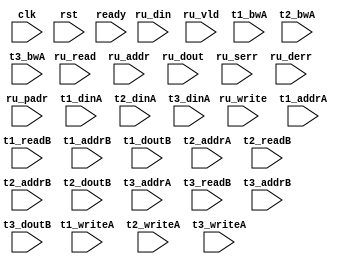
module algo_2ru_a43_sva_wrap
#(parameter IP_WIDTH = 32, parameter IP_BITWIDTH = 5, parameter IP_DECCBITS = 7, parameter IP_NUMADDR = 8192, parameter IP_BITADDR = 13, 
parameter IP_NUMVBNK = 4,	parameter IP_BITVBNK = 2, parameter IP_BITPBNK = 3,
parameter IP_ENAECC = 0, parameter IP_ENAPAR = 0, parameter IP_SECCBITS = 4, parameter IP_SECCDWIDTH = 3, 
parameter FLOPECC = 0, parameter FLOPIN = 0, parameter FLOPOUT = 0, parameter FLOPCMD = 0, parameter FLOPMEM = 0,

parameter T1_WIDTH = 32, parameter T1_NUMVBNK = 22, parameter T1_BITVBNK = 5, parameter T1_DELAY = 1, parameter T1_NUMVROW = 745, parameter T1_BITVROW = 10,
parameter T1_BITWSPF = 0, parameter T1_NUMWRDS = 1, parameter T1_BITWRDS = 1, parameter T1_NUMSROW = 745, parameter T1_BITSROW = 10, parameter T1_PHYWDTH = 32, 
parameter T2_WIDTH = 71, parameter T2_NUMVBNK = 3, parameter T2_BITVBNK = 2, parameter T2_DELAY = 1, parameter T2_NUMVROW = 745, parameter T2_BITVROW = 10,
parameter T2_BITWSPF = 0, parameter T2_NUMWRDS = 1, parameter T2_BITWRDS = 1, parameter T2_NUMSROW = 745, parameter T2_BITSROW = 10, parameter T2_PHYWDTH = 71,
parameter T3_WIDTH = 15, parameter T3_NUMVBNK = 4, parameter T3_BITVBNK = 2, parameter T3_DELAY = 1, parameter T3_NUMVROW = 745, parameter T3_BITVROW = 10,
parameter T3_BITWSPF = 0, parameter T3_NUMWRDS = 1, parameter T3_BITWRDS = 1, parameter T3_NUMSROW = 745, parameter T3_BITSROW = 10, parameter T3_PHYWDTH = 15)

( clk,  rst,  ready, 
 ru_write,  ru_din,
 ru_read,  ru_addr,  ru_dout,  ru_vld,  ru_serr,  ru_derr,  ru_padr,
 t1_writeA,  t1_addrA,  t1_dinA,  t1_bwA,
 t1_readB,  t1_addrB,  t1_doutB,
 t2_writeA,  t2_addrA,  t2_dinA,  t2_bwA,
 t2_readB,  t2_addrB,  t2_doutB,
 t3_writeA, t3_addrA,  t3_dinA,  t3_bwA,
 t3_readB,  t3_addrB,  t3_doutB); 
 
  parameter WIDTH = IP_WIDTH;
  parameter BITWDTH = IP_BITWIDTH;
  parameter ENAPAR = IP_ENAPAR;
  parameter ENAECC = IP_ENAECC;
  parameter ECCWDTH = IP_DECCBITS;
  parameter MEMWDTH = ENAPAR ? WIDTH+1 : ENAECC ? WIDTH+ECCWDTH : WIDTH;
  parameter NUMADDR = IP_NUMADDR;
  parameter BITADDR = IP_BITADDR;
  parameter NUMRUPT = 2;
  parameter NUMVROW = T1_NUMVROW;
  parameter BITVROW = T1_BITVROW;
  parameter NUMVBNK = IP_NUMVBNK;
  parameter BITVBNK = IP_BITVBNK;
  parameter BITPBNK = IP_BITPBNK;
  parameter NUMWRDS = T1_NUMWRDS;      // ALIGN Parameters
  parameter BITWRDS = T1_BITWRDS;
  parameter NUMSROW = T1_NUMSROW;
  parameter BITSROW = T1_BITSROW;
  parameter PHYWDTH = NUMWRDS*MEMWDTH;
  parameter ECCBITS = IP_SECCBITS;
  parameter SRAM_DELAY = T1_DELAY;
	
  parameter BITPADR = BITPBNK+BITSROW+BITWRDS+1;

  parameter SDOUT_WIDTH = 2*(BITVBNK+1)+ECCBITS;
  parameter CDOUT_WIDTH = 2*WIDTH+ECCWDTH;

  input [2-1:0]                        ru_write;
  input [2*WIDTH-1:0]                  ru_din;

  input [NUMRUPT-1:0]                  ru_read;
  input [NUMRUPT*BITADDR-1:0]          ru_addr;
  input [NUMRUPT-1:0]                 ru_vld;
  input [NUMRUPT*WIDTH-1:0]           ru_dout;
  input [NUMRUPT-1:0]                 ru_serr;
  input [NUMRUPT-1:0]                 ru_derr;
  input [NUMRUPT*BITPADR-1:0]         ru_padr;

  input                               ready;
  input                                clk, rst;

  input [NUMRUPT*NUMVBNK-1:0] t1_writeA;
  input [NUMRUPT*NUMVBNK*BITSROW-1:0] t1_addrA;
  input [NUMRUPT*NUMVBNK*PHYWDTH-1:0] t1_bwA;
  input [NUMRUPT*NUMVBNK*PHYWDTH-1:0] t1_dinA;

  input [NUMRUPT*NUMVBNK-1:0] t1_readB;
  input [NUMRUPT*NUMVBNK*BITSROW-1:0] t1_addrB;
  input [NUMRUPT*NUMVBNK*PHYWDTH-1:0] t1_doutB;

  input [(NUMRUPT)-1:0] t2_writeA;
  input [(NUMRUPT)*BITVROW-1:0] t2_addrA;
  input [(NUMRUPT)*PHYWDTH-1:0] t2_dinA;
  input [(NUMRUPT)*PHYWDTH-1:0] t2_bwA;
  input [(NUMRUPT)-1:0] t2_readB;
  input [(NUMRUPT)*BITVROW-1:0] t2_addrB;
  input [(NUMRUPT)*PHYWDTH-1:0] t2_doutB;

  input [(NUMRUPT)-1:0] t3_writeA;
  input [(NUMRUPT)*BITVROW-1:0] t3_addrA;
  input [(NUMRUPT)*SDOUT_WIDTH-1:0] t3_dinA;
  input [(NUMRUPT)*SDOUT_WIDTH-1:0] t3_bwA;
  input [(NUMRUPT)-1:0] t3_readB;
  input [(NUMRUPT)*BITVROW-1:0] t3_addrB;
  input [(NUMRUPT)*SDOUT_WIDTH-1:0] t3_doutB;

endmodule